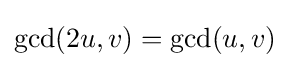
\gcd(2u,v)=\gcd(u,v)